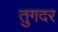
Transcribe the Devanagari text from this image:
तुगदर